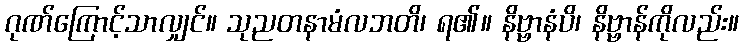
ဂုဏ်ကြောင့်သာလျှင်။ သုညတနာမံလဘတိ၊ ရ၏။ နိဗ္ဗာနံပိ၊ နိဗ္ဗာန်ကိုလည်း။